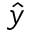
\hat { y }